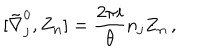
LaTeX: [ \tilde { \nabla } _ { j } ^ { 0 } , Z _ { \bf n } ] = \frac { 2 \pi i } { \theta } n _ { j } Z _ { \bf n } \, ,